38_143685_box_Incident_Summaries_173-233
Agency: Department of War
Page 69
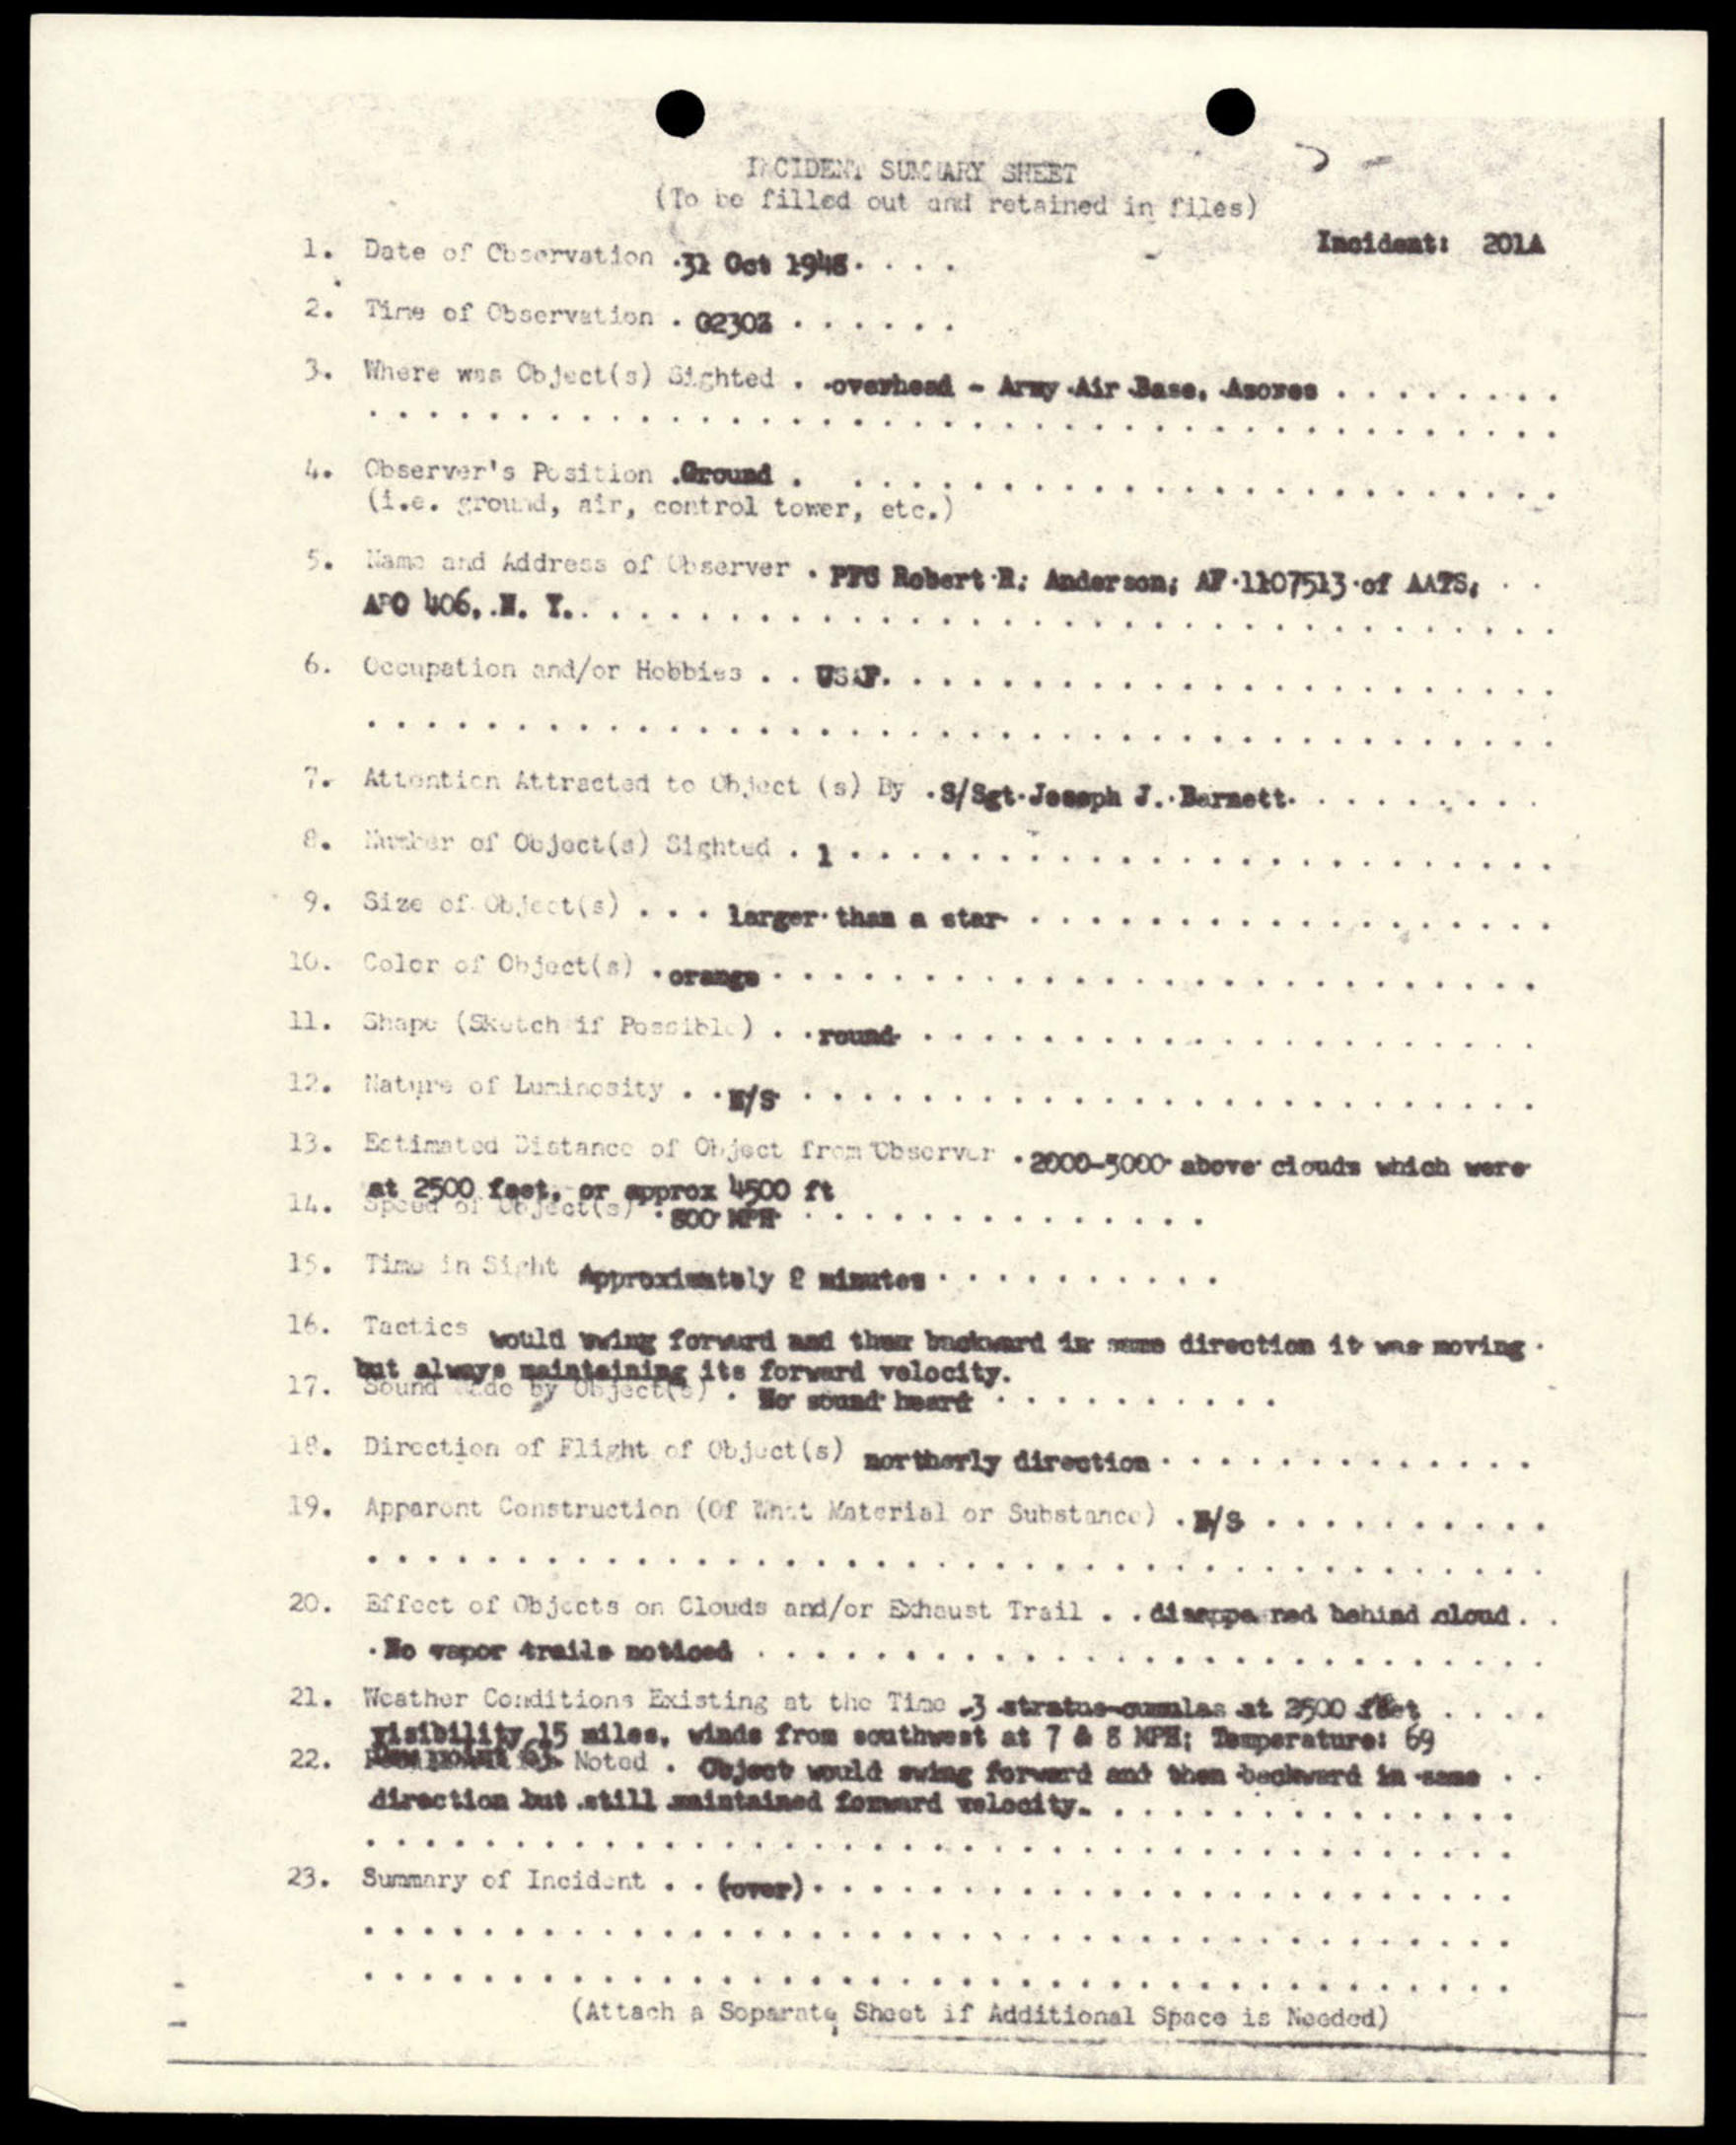